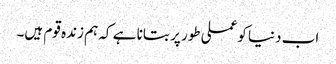
اب دنیا کوعملی طور پر بتانا ہے کہ ہم زندہ قوم ہیں۔